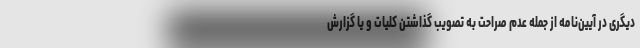
دیگری در آیین‌نامه از جمله عدم صراحت به تصویب گذاشتن کلیات و یا گزارش